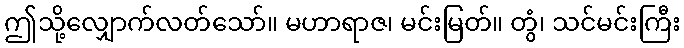
ဤသို့လျှောက်လတ်သော်။ မဟာရာဇ၊ မင်းမြတ်။ တွံ၊ သင်မင်းကြီး